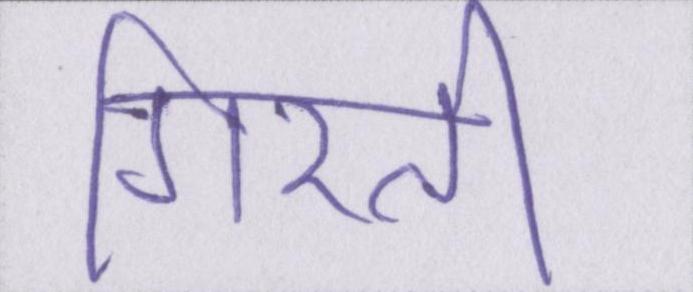
गिरती